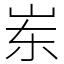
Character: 岽